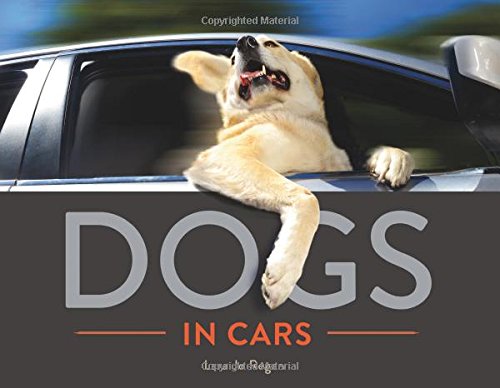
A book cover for Dogs in Cars; Lara Jo Regan; Arts & Photography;